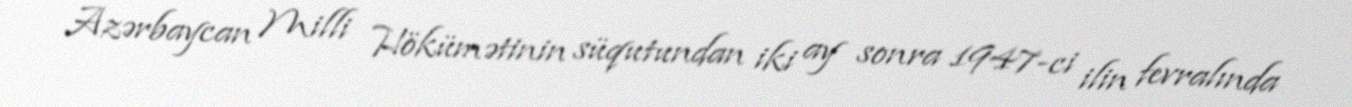
Azərbaycan Milli Hökümətinin süqutundan iki ay sonra 1947-ci ilin fevralında